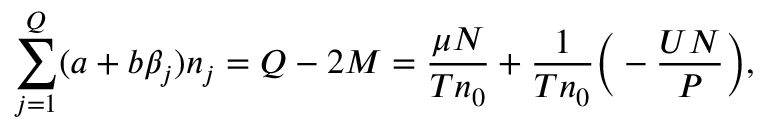
\sum _ { j = 1 } ^ { Q } ( a + b \beta _ { j } ) n _ { j } = Q - 2 M = \frac { \mu N } { T n _ { 0 } } + \frac { 1 } { T n _ { 0 } } \Big ( - \frac { U N } { P } \Big ) ,